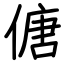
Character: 傏